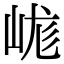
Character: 㟌